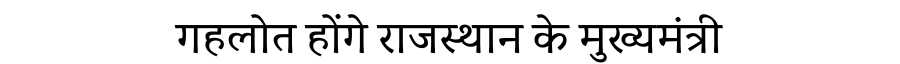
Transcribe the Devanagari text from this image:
गहलोत होंगे राजस्थान के मुख्यमंत्री